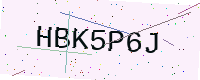
Text: HBK5P6J